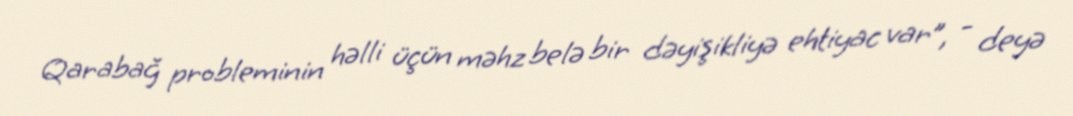
Qarabağ probleminin həlli üçün məhz belə bir dəyişikliyə ehtiyac var”, - deyə